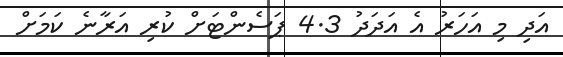
އަދި މި އަހަރު އެ އަދަދު 4.3 ޕަސެންޓަށް ކުރި އަރާނެ ކަމަށް